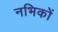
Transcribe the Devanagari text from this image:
नभिकों